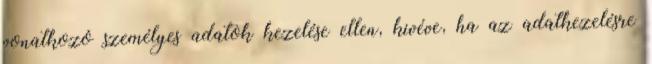
vonatkozó személyes adatok kezelése ellen, kivéve, ha az adatkezelésre